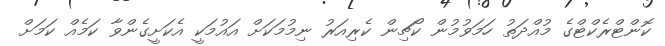
ކޮންޓްރެކްޓްގެ މުއްދަތު ހަމަވުމުން ކޯޗިން ކެރިއަރު ނިމުމަކަށް އައުމަކީ އެކަށީގެންވާ ކަމެއް ކަމަށް